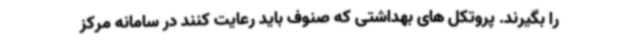
را بگیرند. پروتکل های بهداشتی که صنوف باید رعایت کنند در سامانه مرکز